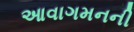
આવાગમનની